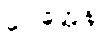
ဂေါတ္တေန